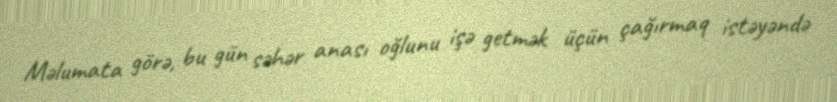
Məlumata görə, bu gün səhər anası oğlunu işə getmək üçün çağırmaq istəyəndə